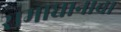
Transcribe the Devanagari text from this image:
समाधानाचा